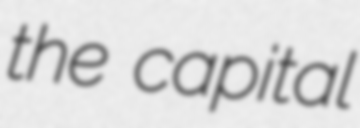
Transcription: the capital